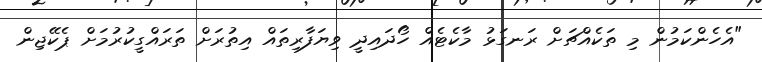
"އެހެންކަމުން މި ތަކެއްޗަށް ރަނގަޅު މާކެޓެއް ހޯދައިދީ ވިޔަފާރިތައް އިތުރަށް ތަރައްގީކުރުމަށް ޕެކޭޖިން